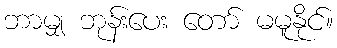
ဘာမျှ ဘုန်းပေး တော် မမူနိုင်။